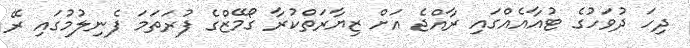
ދިހަ ދުވަހުގެ ޓުއާއެއްގައި ރާއްޖެ އަށް ޒިޔާރަތްކުރާ ގޯމޭޒްގެ ފުރަތަމަ ފެނިލުމުގައި ރޭ